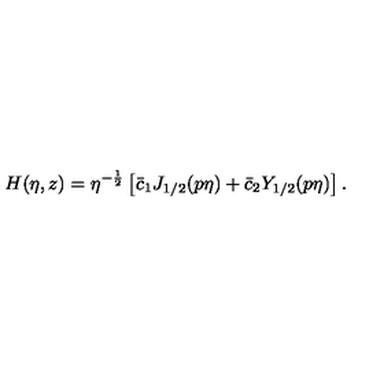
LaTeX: H ( \eta , z ) = \eta ^ { - \frac 1 2 } \left[ \bar { c } _ { 1 } J _ { 1 / 2 } ( p \eta ) + \bar { c } _ { 2 } Y _ { 1 / 2 } ( p \eta ) \right] .